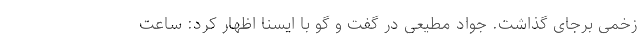
زخمی برجای گذاشت. جواد مطیعی در گفت و گو با ایسنا اظهار کرد: ساعت